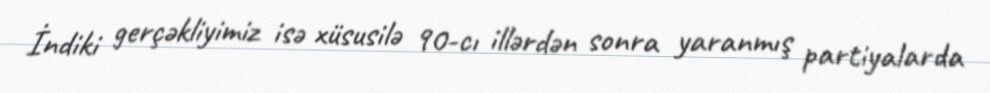
İndiki gerçəkliyimiz isə xüsusilə 90-cı illərdən sonra yaranmış partiyalarda